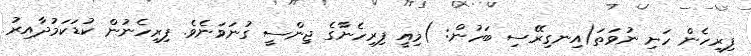
ފިރިހެން ހަށި ނުވަތަ(އިނގިރޭސި ބަހުން: )މިއީ ފިރިހެނާގެ ޖިންސީ ގުނަވަނެވެ. ފިރިހެނުން ކުޑަކަމުދާއިރު